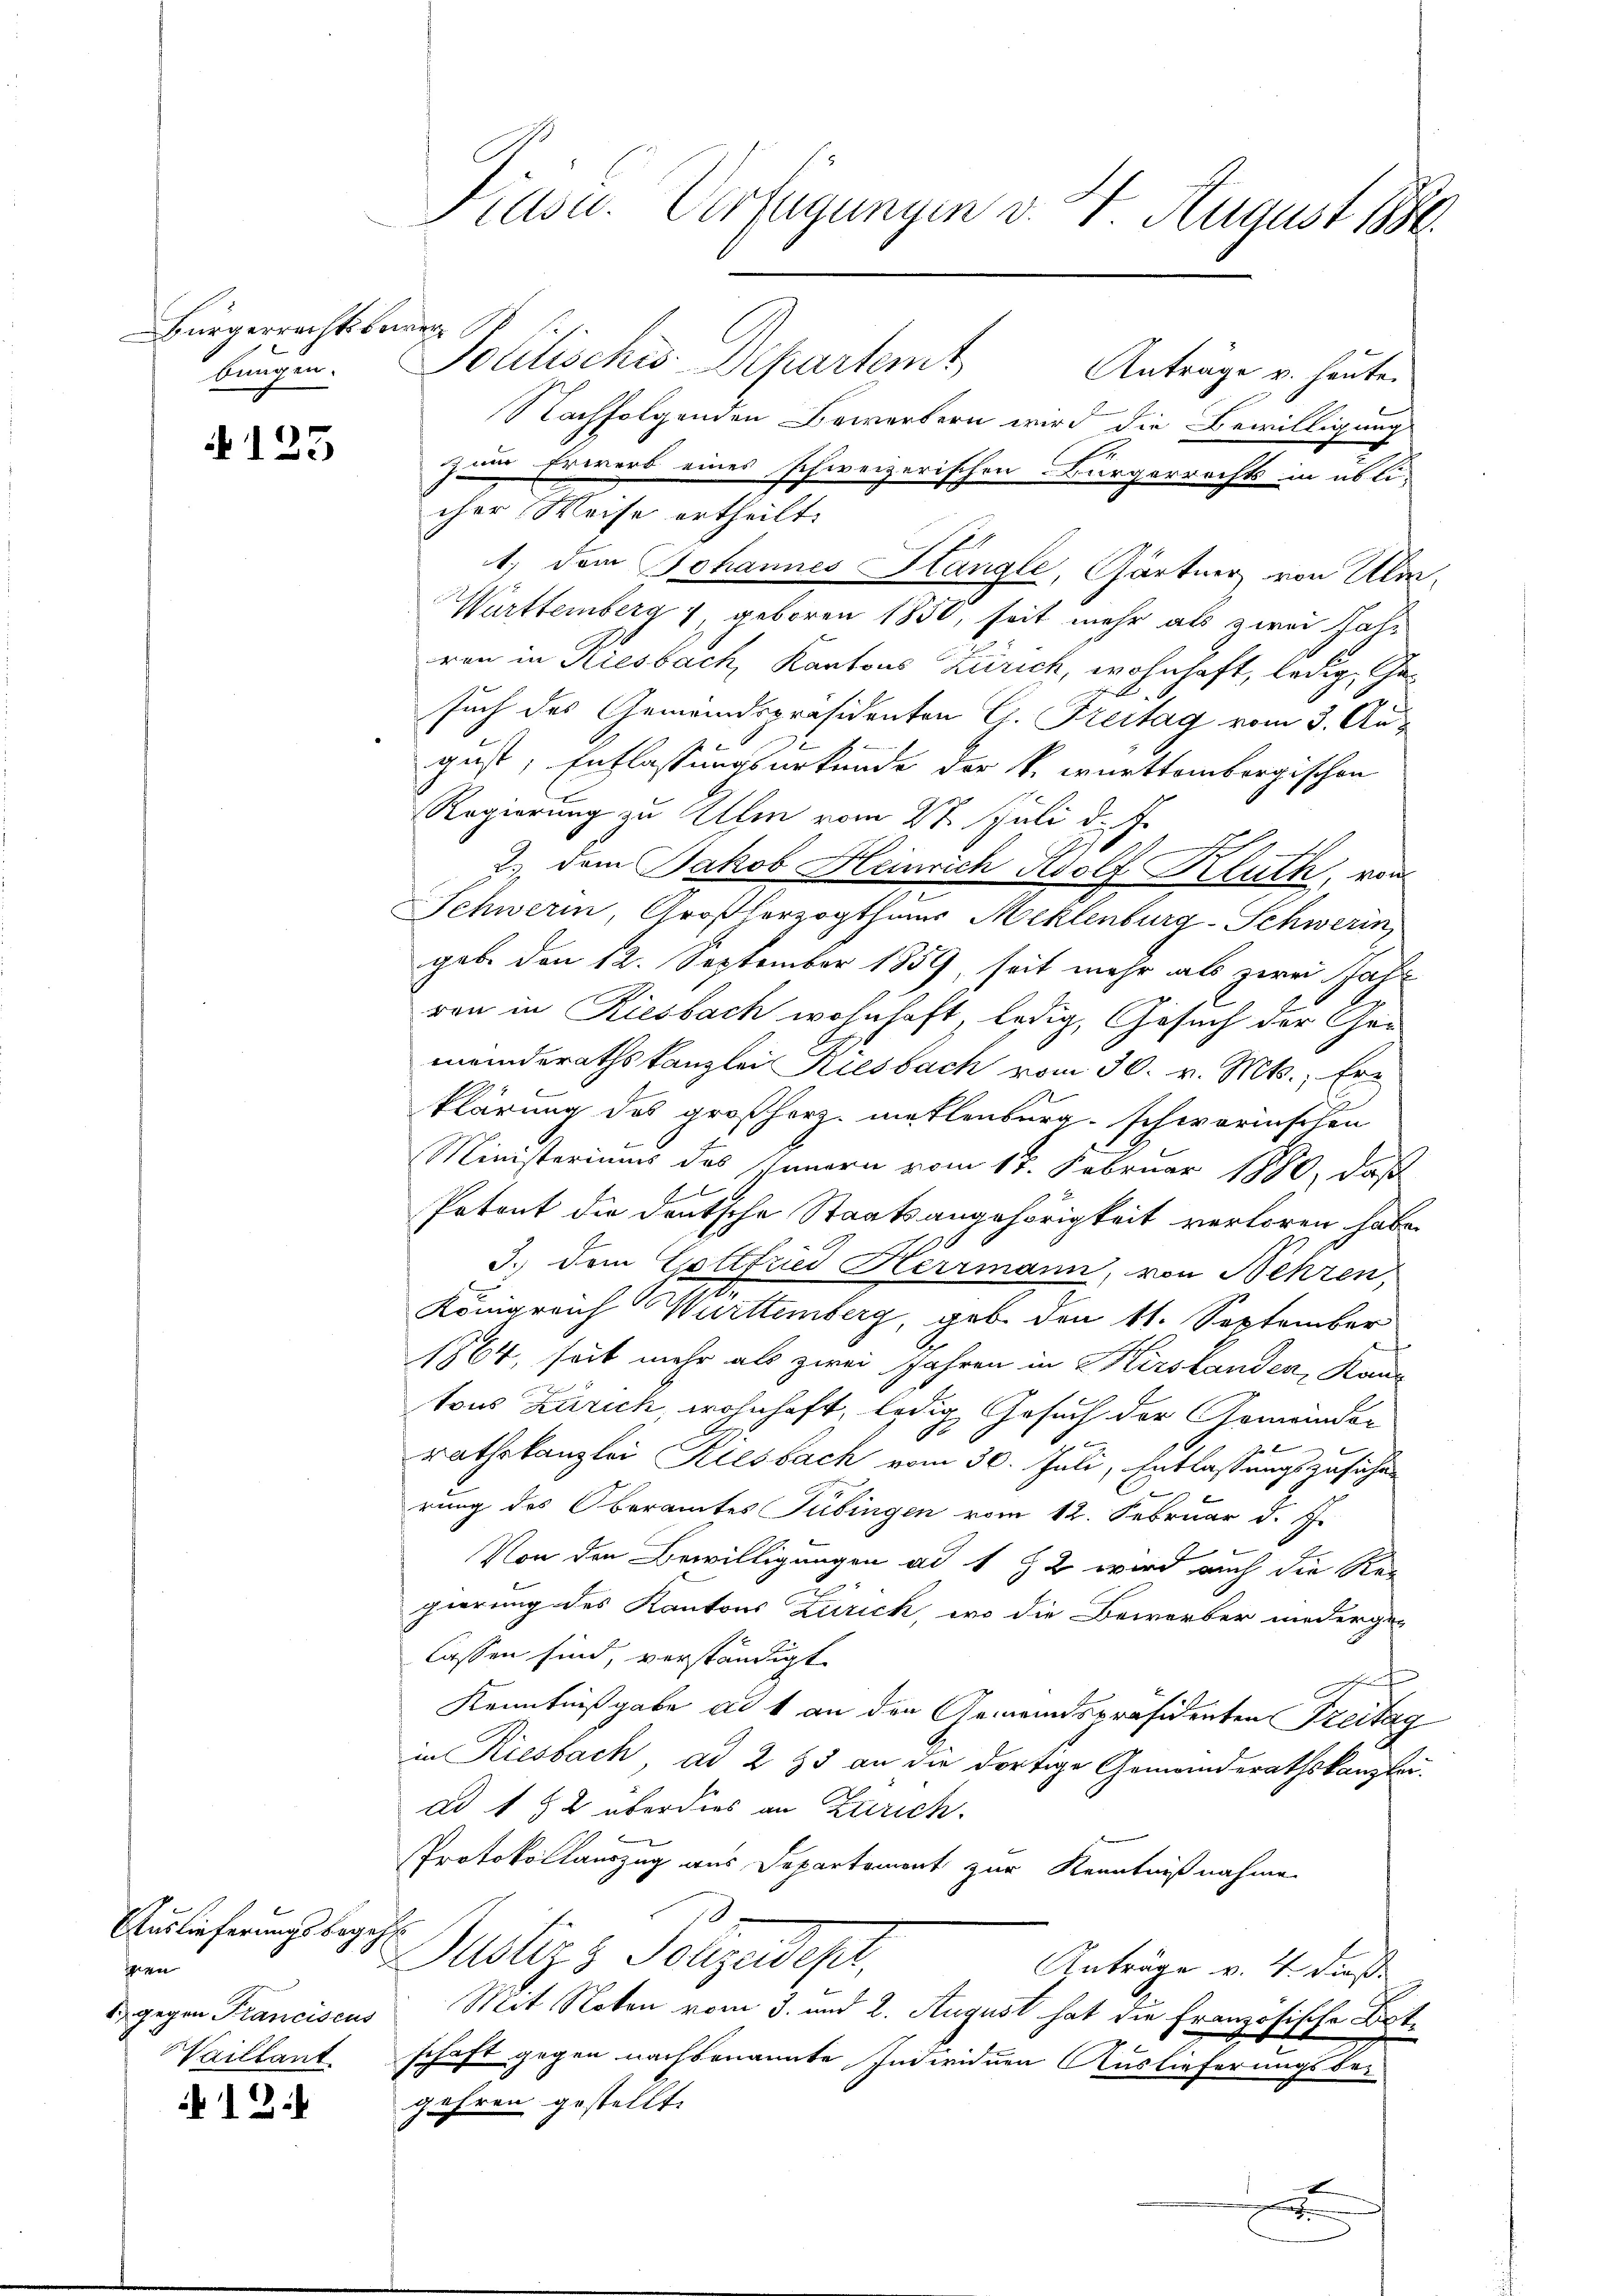
Bürgerrechtsbewer
u
bungen.

125

Auslieferungsbegehr
seen

12:

Prüse. Verfügungen v. 4. August 1880

Politisches Departemt
Anträge u. heute.
Nachfolgenden Bewerbern wird die Bewilligung
zum Erwerb eines schweizerischen Bürgerrechts in übli-
cher Weise ertheilt.
1. dem Johannes Hangle, Gärtner von Um¬
Württemberg 1, geboren 1850, seit mehr als zwei Jahr
ren in Riesbach, Kantons Zürich, wohnhaft, ledig, Ged
such des Gemeindspräsidenten C. Freitag vom 3. August, Entlassungsurkunde der k. württembergischen
Regierung zu Allen vom 27. Juli d. J.
2.) Dem Jakob Heinrich Adolf Kluth, von
Schwere, Großherzogthums Meklenburg-Schwerin,
geb. den 12. September 1859, seit mehr als zwei Jahr
ren in Riesbach wohnhaft, ledig, Gesuch der Gemeinderathskanzlei Riesbach vom 30. v. Mts., Erklärung des großherz, mellenburg-schwarinschen
Ministeriums des Innern vom 18. Februar 1890, daß
Petont die deutsche Staatsangehörigkeit verloren habe.
3.) Dem Gottfried Herrmann, von Nehren,
Königreich Württemberg, geb. den 11. September
1864, seit mehr als zwei Jahren in Herstanden, Kan
tons Zürich, wohnhaft, ledig Gesuch der Gemeinder
rathskanzlei Riesbach vom 30. Juli, Entlassungszusiches
b
rung des Oberamtes Tübingen vom 12. Februar d. J.
Von den Bewilligungen ad 1 § 2 wird auch die Rei
gierung des Kantons Zürich, wo die Beworber niedergelassen sind, verständigt
f
Kenntnißgabe al t an den Gemeindspräsidenten Freitag
in Riesbach, ad 2 35 an die dortige Gemeinderathskanzlei-
ad 1 § 2 überdies an Zürich.
Protokollauszug aus Departement zur Kenntnißnahme
Justizz Sohzedept,
Anträge v. 4. dieß
dgegen Franciscus Mit Noten vom 3. und 2. August hat die Französische Bet¬
Vaillant schaft gegen nachbenannte Individuen Auslieferungsber
gehren gestellt.